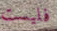
فليست